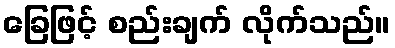
ခြေဖြင့် စည်းချက် လိုက်သည်။